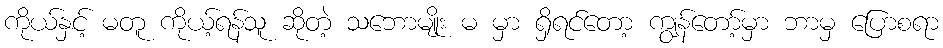
ကိုယ်နှင့် မတူ ကိုယ့်ရန်သူ ဆိုတဲ့ သဘောမျိုး မ မှာ ရှိရင်တော့ ကျွန်တော့်မှာ ဘာမှ ပြောစရာ